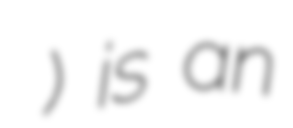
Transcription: الغداني الشحي) is an